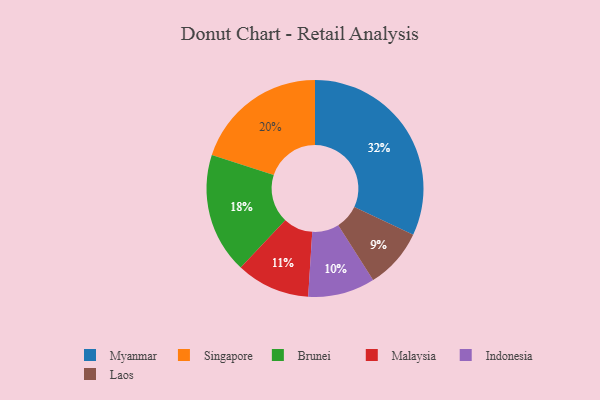
{"axis": {"x": "Category", "y": "Percentage"}, "legend": ["Brunei", "Indonesia", "Laos", "Malaysia", "Myanmar", "Singapore"], "data": [{"x": "Myanmar", "y": 32, "type": "Myanmar"}, {"x": "Singapore", "y": 20, "type": "Singapore"}, {"x": "Laos", "y": 9, "type": "Laos"}, {"x": "Indonesia", "y": 10, "type": "Indonesia"}, {"x": "Malaysia", "y": 11, "type": "Malaysia"}, {"x": "Brunei", "y": 18, "type": "Brunei"}]}